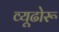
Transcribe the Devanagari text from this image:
व्यूढोरू